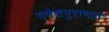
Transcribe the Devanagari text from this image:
गणेशपुराणात